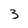
Character: 3